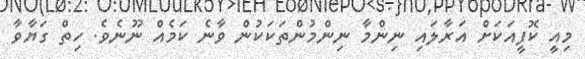
މިއީ ކޮފީއަކަށް އަރާލައި ނިންމާ ނިންމުންތަކަކުން ވާނެ ކަމެއް ނޫނެވެ. ހިތް ގަޔާވާ